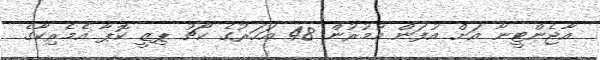
އާޖެންޓީނާ އަށް އުފަން އުމުރުން 48 އަހަރުގެ ކޯޗު ޕިޒީ ކޮޕާ އެމެރިކާގެ